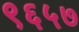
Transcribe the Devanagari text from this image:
९६५७